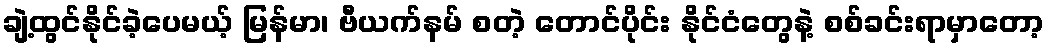
ချဲ့ထွင်နိုင်ခဲ့ပေမယ့် မြန်မာ၊ ဗီယက်နမ် စတဲ့ တောင်ပိုင်း နိုင်ငံတွေနဲ့ စစ်ခင်းရာမှာတော့